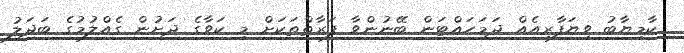
ކާމިޔާބު ވިޔަފާރިއެއް ދަމަހައްޓަން ބޭނުންވާ ފަރާތްތަކަށް މި ކަވާގެ ދަށުން ގެއްލުމުގެ ބަދަލު